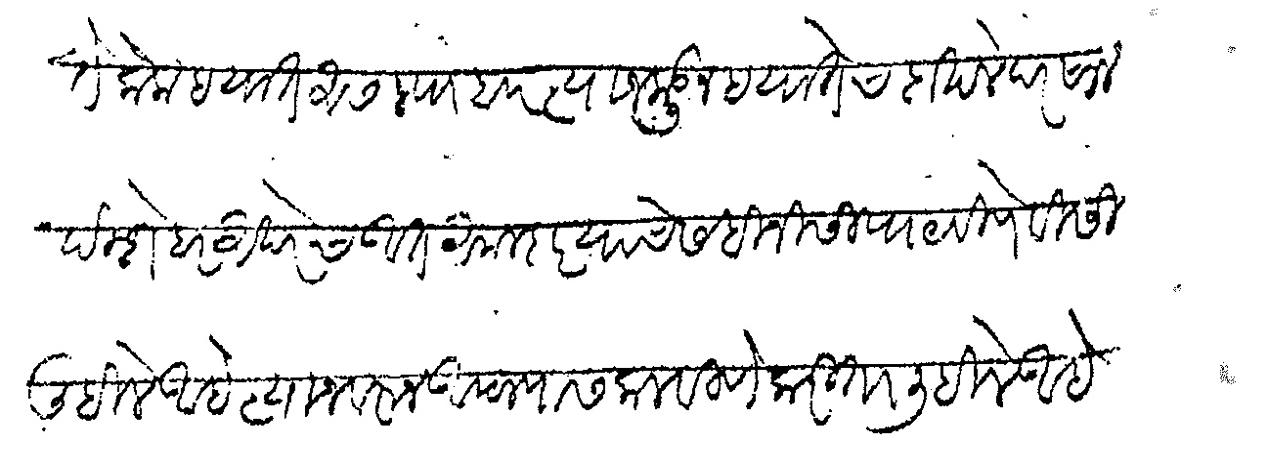
Transliteration (Devanagari): ते लोक हयात असल्याब त्याजकडून हयातेचा दाखले दरसाल दिशेबरअखेरच आत अमलदार याचे सहीनिसी पाठविणेविसी लिहिले आहे त्याजवरून आपल्यास कळविणेकरिता लिहिले आहे तर